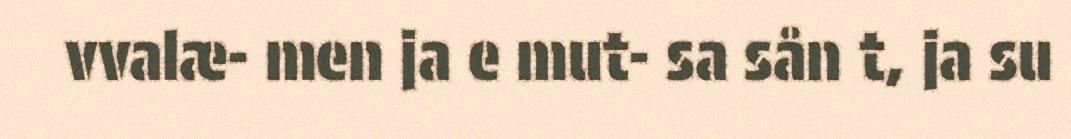
vvalæ- men ja e mut- sa sån t, ja su